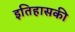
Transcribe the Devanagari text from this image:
इतिहासकी